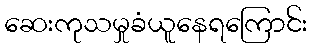
ဆေးကုသမှုခံယူနေရကြောင်း